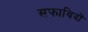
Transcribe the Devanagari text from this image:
सफाविदों